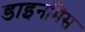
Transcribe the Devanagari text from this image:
डाइनमिस